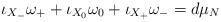
LaTeX: \begin{align*} \iota_{X_-}\omega_+ + \iota_{X_0}\omega_0 + \iota_{X_+}\omega_- = d\mu_N\end{align*}